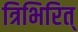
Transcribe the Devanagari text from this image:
त्रिभिरित्